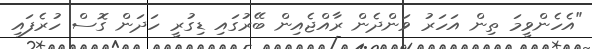
"އެހެންވީމަ ތިން އަހަރު ވަންދެން ރާއްޖެއިން ބޭރުގައި ޑިގުރީ ހަދަން ގޮސް ހުރެފައި